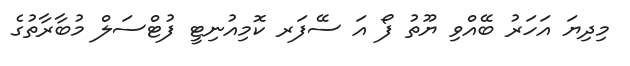
މިދިޔަ އަހަރު ބޭއްވި ޔޫތު ފޯ އަ ސޭފަރ ކޮމިއުނިޓީ ފުޓްސަލް މުބާރާތުގެ